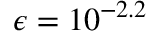
\epsilon = 1 0 ^ { - 2 . 2 }